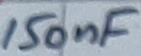
Text: 150nF